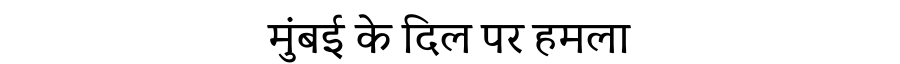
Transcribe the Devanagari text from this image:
मुंबई के दिल पर हमला